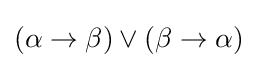
(\alpha \to \beta )\lor (\beta \to \alpha )